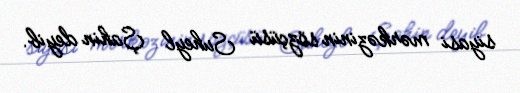
siyasi mərkəzinin sözçüsü Suheyl Şahin deyib.